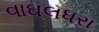
વાઘલધરા